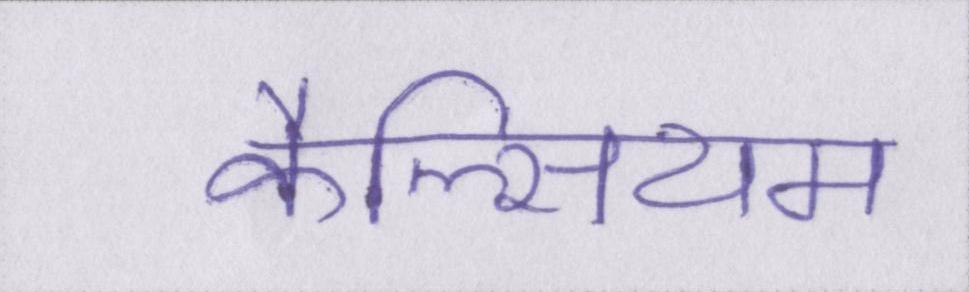
कैल्सियम